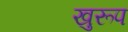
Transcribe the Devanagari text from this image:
खुरूप